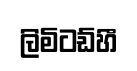
ලිමිටඩ්හී